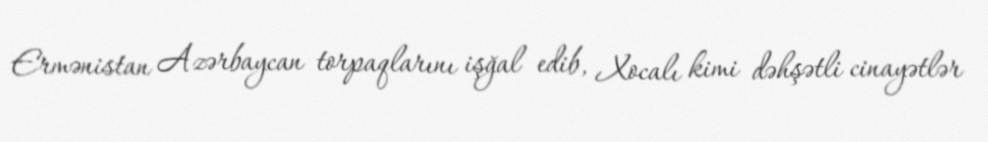
Ermənistan Azərbaycan torpaqlarını işğal edib, Xocalı kimi dəhşətli cinayətlər